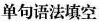
单句语法填空